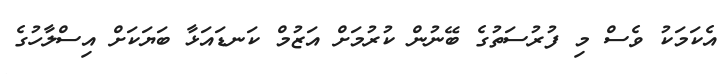
އެކަމަކު ވެސް މި ފުރުސަތުގެ ބޭނުން ކުރުމަށް އަޒުމް ކަނޑައަޅާ ބަޔަކަށް އިސްލާހުގެ